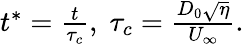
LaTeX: \begin{array}{r}{t^{*}=\frac{t}{\tau_{c}},\; \tau_{c}=\frac{D_{0}\sqrt{\eta}}{U_{\infty}}.}\end{array}